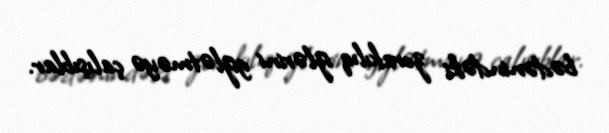
bədənindəki zorakılıq izlərini gizlətməyə çalışıblar.